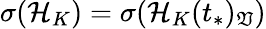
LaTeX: \sigma(\mathcal{H}_{K})=\sigma(\mathcal{H}_{K}(t_{*})_{\mathfrak{V}})